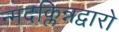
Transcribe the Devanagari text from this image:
न्मदक्लिन्नद्वारो